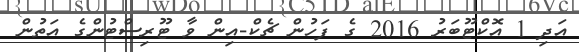
އަދި 1 އޮކްޓޫބަރު 2016 ގެ ފަހުން ޗެކް-އިން ވާ ޓޫރިސްޓުންގެ އަތުން